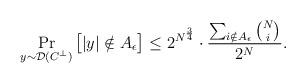
LaTeX: \begin{align*} \Pr_{y\sim\mathcal{D}(C^\perp)}\big[|y|\notin A_\epsilon\big]\leq 2^{N^{\frac{3}{4}}}\cdot \frac{\sum_{i\notin A_\epsilon}\binom{N}{i}}{2^N}.\end{align*}